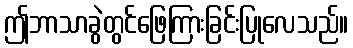
ဤဘာသာခွဲတွင်ဖြေကြားခြင်းပြုလေသည်။